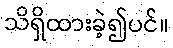
သိရှိထားခဲ့၍ပင်။